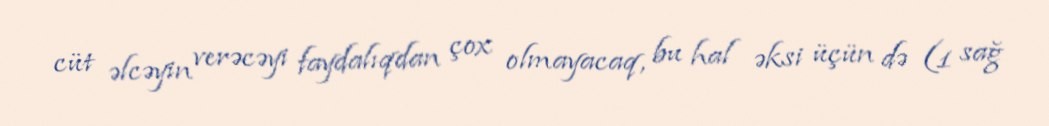
cüt əlcəyin verəcəyi faydalıqdan çox olmayacaq, bu hal əksi üçün də (1 sağ